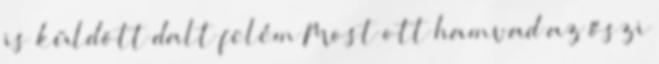
is küldött dalt felém Most ott hamvad az őszi